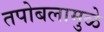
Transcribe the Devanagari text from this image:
तपोबलामुळे